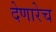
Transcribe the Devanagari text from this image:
देणारेच